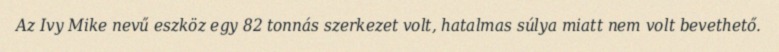
Az Ivy Mike nevű eszköz egy 82 tonnás szerkezet volt, hatalmas súlya miatt nem volt bevethető.